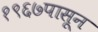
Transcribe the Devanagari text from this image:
१९६७पासून